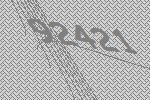
92421